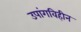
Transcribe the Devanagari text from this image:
उपांगविहीन